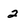
Character: 2